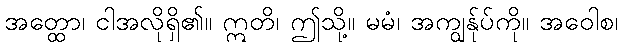
အတ္ထော၊ ငါအလိုရှိ၏။ ဣတိ၊ ဤသို့။ မမံ၊ အကျွန်ုပ်ကို။ အဝေါစ၊